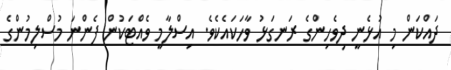
ދައްކަން މި އުޅެނީ ދިވެހިންގެ ރަނގަޅު ވާހަކައެކެވެ. އިސްލާމީ ވެއްޓަކުން ފެންނަ މުސްލިމުންގެ